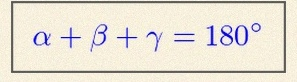
\alpha+\beta+\gamma=180^\circ